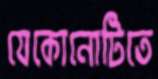
যেকোনোটিতে